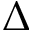
\Delta